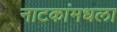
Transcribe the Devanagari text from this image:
नाटकांमधला